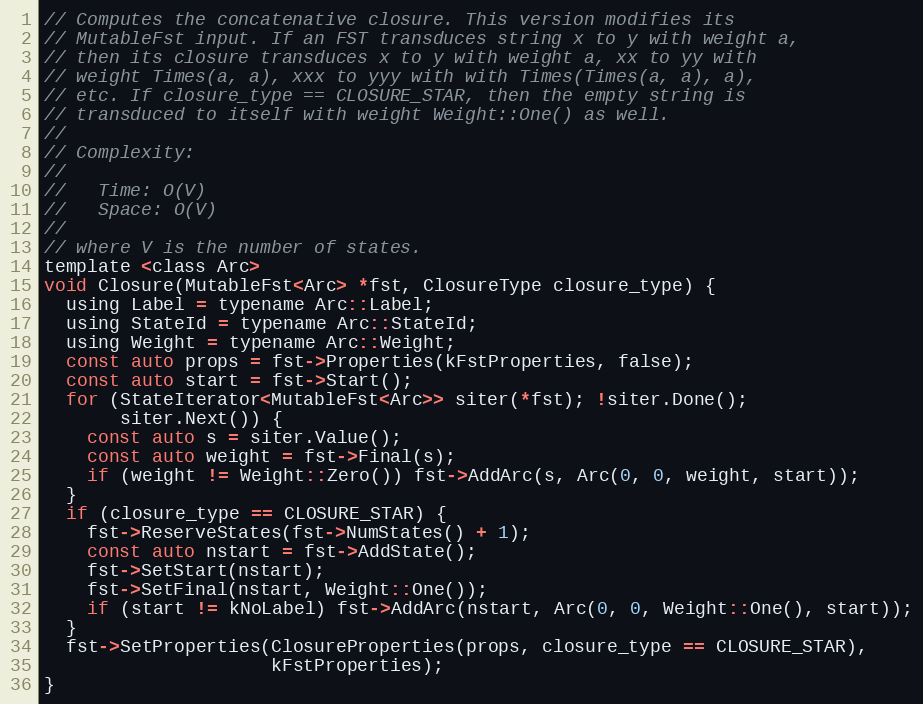
Language: C
// Computes the concatenative closure. This version modifies its
// MutableFst input. If an FST transduces string x to y with weight a,
// then its closure transduces x to y with weight a, xx to yy with
// weight Times(a, a), xxx to yyy with with Times(Times(a, a), a),
// etc. If closure_type == CLOSURE_STAR, then the empty string is
// transduced to itself with weight Weight::One() as well.
//
// Complexity:
//
//   Time: O(V)
//   Space: O(V)
//
// where V is the number of states.
template <class Arc>
void Closure(MutableFst<Arc> *fst, ClosureType closure_type) {
  using Label = typename Arc::Label;
  using StateId = typename Arc::StateId;
  using Weight = typename Arc::Weight;
  const auto props = fst->Properties(kFstProperties, false);
  const auto start = fst->Start();
  for (StateIterator<MutableFst<Arc>> siter(*fst); !siter.Done();
       siter.Next()) {
    const auto s = siter.Value();
    const auto weight = fst->Final(s);
    if (weight != Weight::Zero()) fst->AddArc(s, Arc(0, 0, weight, start));
  }
  if (closure_type == CLOSURE_STAR) {
    fst->ReserveStates(fst->NumStates() + 1);
    const auto nstart = fst->AddState();
    fst->SetStart(nstart);
    fst->SetFinal(nstart, Weight::One());
    if (start != kNoLabel) fst->AddArc(nstart, Arc(0, 0, Weight::One(), start));
  }
  fst->SetProperties(ClosureProperties(props, closure_type == CLOSURE_STAR),
                     kFstProperties);
}